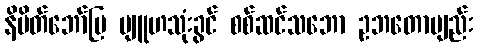
နိမိတ်ဘော်ပြ ဗျူဟသုံးခွင် စစ်ဆင်သဘော ဥဘတောဗျည်း